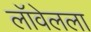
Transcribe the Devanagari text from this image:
लॉवेलला